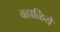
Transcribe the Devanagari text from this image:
वहाळिये